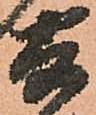
寄